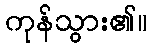
ကုန်သွား၏။